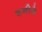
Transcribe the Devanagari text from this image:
शनीने